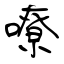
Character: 嘹